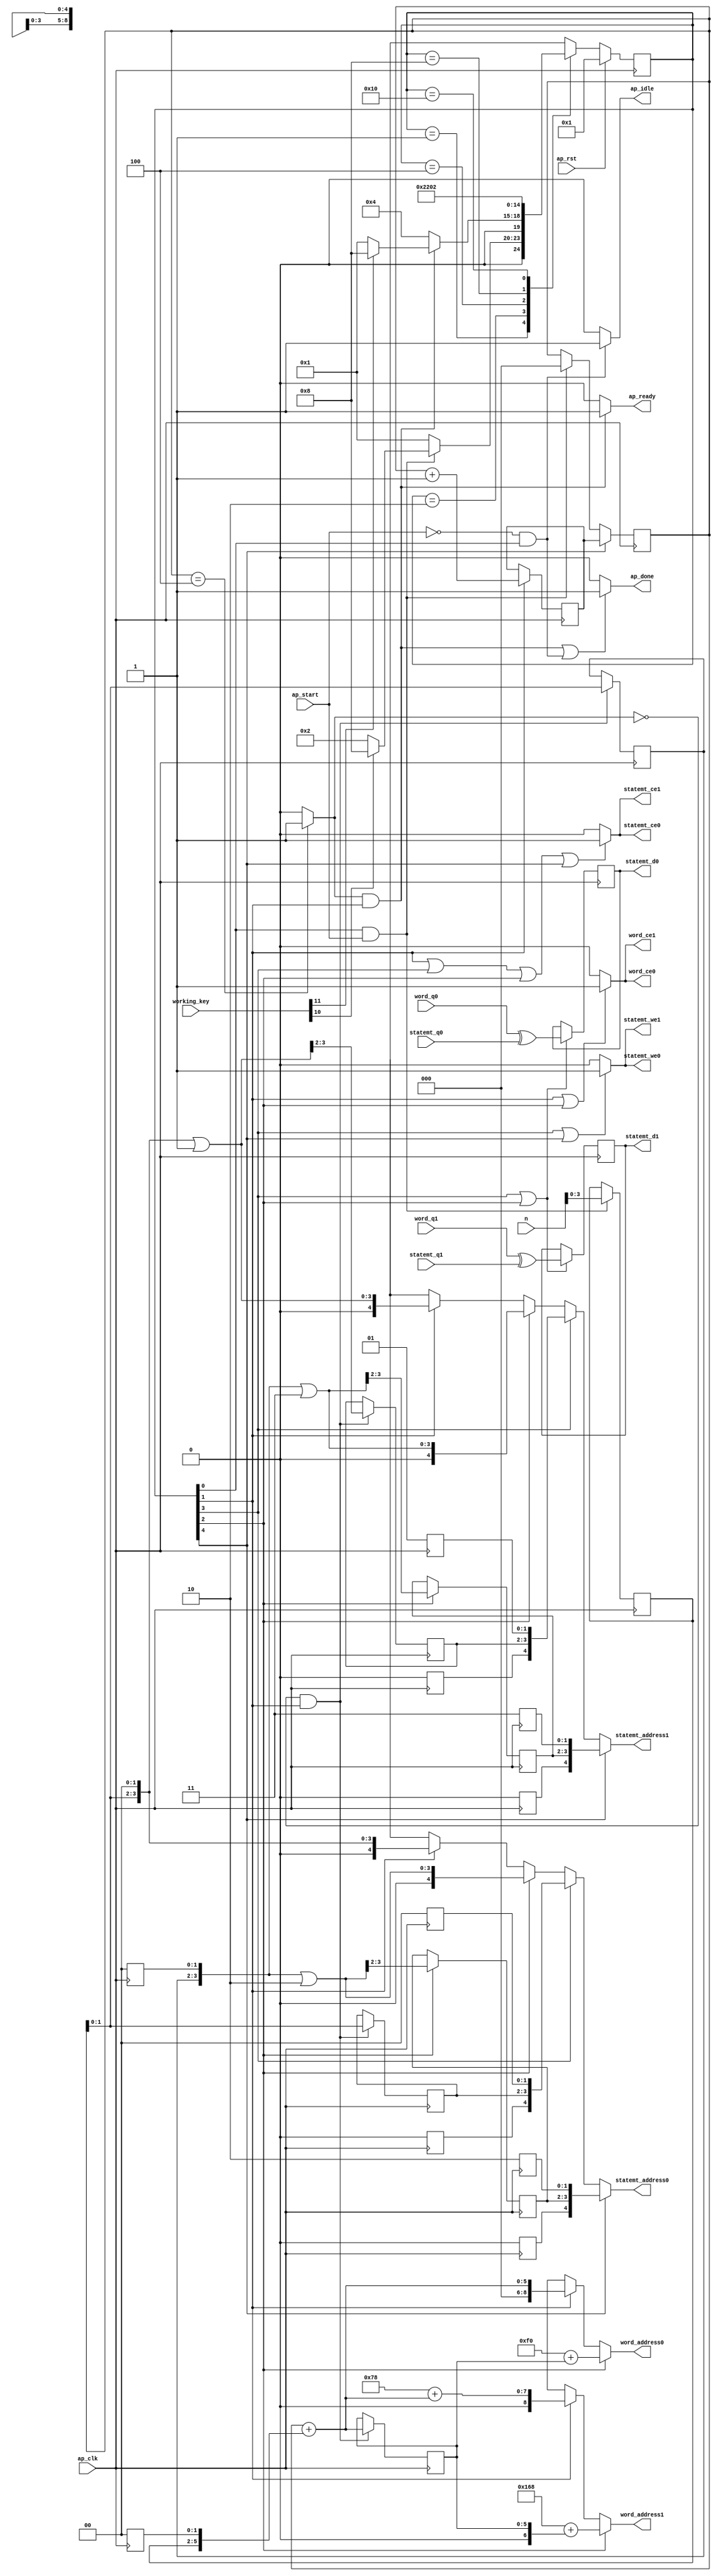

module AddRoundKey
(
  ap_clk,
  ap_rst,
  ap_start,
  ap_done,
  ap_idle,
  ap_ready,
  statemt_address0,
  statemt_ce0,
  statemt_we0,
  statemt_d0,
  statemt_q0,
  statemt_address1,
  statemt_ce1,
  statemt_we1,
  statemt_d1,
  statemt_q1,
  n,
  word_address0,
  word_ce0,
  word_q0,
  word_address1,
  word_ce1,
  word_q1,
  working_key
);

  parameter ap_ST_fsm_state1 = 5'd1;
  parameter ap_ST_fsm_state2 = 5'd2;
  parameter ap_ST_fsm_state3 = 5'd4;
  parameter ap_ST_fsm_state4 = 5'd8;
  parameter ap_ST_fsm_state5 = 5'd16;
  input ap_clk;
  input ap_rst;
  input ap_start;
  output ap_done;
  output ap_idle;
  output ap_ready;
  output [4:0] statemt_address0;
  output statemt_ce0;
  output statemt_we0;
  output [31:0] statemt_d0;
  input [31:0] statemt_q0;
  output [4:0] statemt_address1;
  output statemt_ce1;
  output statemt_we1;
  output [31:0] statemt_d1;
  input [31:0] statemt_q1;
  input [4:0] n;
  output [8:0] word_address0;
  output word_ce0;
  input [31:0] word_q0;
  output [8:0] word_address1;
  output word_ce1;
  input [31:0] word_q1;
  reg ap_done;
  reg ap_idle;
  reg ap_ready;
  reg [4:0] statemt_address0;
  reg statemt_ce0;
  reg statemt_we0;
  reg [4:0] statemt_address1;
  reg statemt_ce1;
  reg statemt_we1;
  reg [8:0] word_address0;
  reg word_ce0;
  reg [8:0] word_address1;
  reg word_ce1;
  reg [4:0] ap_CS_fsm;
  wire ap_CS_fsm_state1;
  wire [31:0] grp_fu_137_p2;
  reg [31:0] reg_149;
  wire ap_CS_fsm_state3;
  wire ap_CS_fsm_state4;
  wire [31:0] grp_fu_143_p2;
  reg [31:0] reg_154;
  wire [5:0] tmp_fu_163_p3;
  reg [5:0] tmp_reg_285;
  wire [2:0] j_4_fu_181_p2;
  reg [2:0] j_4_reg_293;
  wire ap_CS_fsm_state2;
  wire [5:0] tmp_s_fu_187_p2;
  reg [5:0] tmp_s_reg_298;
  wire [0:0] exitcond_fu_175_p2;
  wire [3:0] tmp_104_fu_216_p3;
  reg [3:0] tmp_104_reg_313;
  reg [4:0] statemt_addr_reg_319;
  reg [4:0] statemt_addr_28_reg_324;
  reg [4:0] statemt_addr_29_reg_339;
  reg [4:0] statemt_addr_30_reg_344;
  reg [2:0] j_reg_126;
  wire ap_CS_fsm_state5;
  wire [63:0] tmp_101_fu_192_p1;
  wire [63:0] tmp_100_cast_fu_207_p1;
  wire [63:0] tmp_105_fu_224_p1;
  wire [63:0] tmp_108_fu_235_p1;
  wire [63:0] tmp_102_cast_fu_249_p1;
  wire [63:0] tmp_103_cast_fu_260_p1;
  wire [63:0] tmp_111_fu_270_p1;
  wire [63:0] tmp_114_fu_280_p1;
  wire [3:0] tmp_96_fu_159_p1;
  wire [5:0] j_cast1_fu_171_p1;
  wire [7:0] tmp_101_cast_fu_197_p1;
  wire [7:0] tmp_100_fu_201_p2;
  wire [1:0] tmp_97_fu_212_p1;
  wire [3:0] tmp_107_fu_229_p2;
  wire [8:0] tmp_101_cast1_fu_240_p1;
  wire [8:0] tmp_102_fu_243_p2;
  wire [8:0] tmp_103_fu_254_p2;
  wire [3:0] tmp_110_fu_265_p2;
  wire [3:0] tmp_113_fu_275_p2;
  reg [4:0] ap_NS_fsm;
  input [31:0] working_key;

  initial begin
    #0 ap_CS_fsm = 5'd1;
  end


  always @(posedge ap_clk) begin
    if(ap_rst == 1'b1) begin
      ap_CS_fsm <= ap_ST_fsm_state1;
    end else begin
      ap_CS_fsm <= ap_NS_fsm;
    end
  end


  always @(posedge ap_clk) begin
    if(1'b1 == ap_CS_fsm_state5) begin
      j_reg_126 <= j_4_reg_293;
    end else if((1'b1 == ap_CS_fsm_state1) & (ap_start == 1'b1)) begin
      j_reg_126 <= 3'd0;
    end 
  end


  always @(posedge ap_clk) begin
    if(1'b1 == ap_CS_fsm_state2) begin
      j_4_reg_293 <= j_4_fu_181_p2;
    end 
  end


  always @(posedge ap_clk) begin
    if((1'b1 == ap_CS_fsm_state4) | (1'b1 == ap_CS_fsm_state3)) begin
      reg_149 <= grp_fu_137_p2;
      reg_154 <= grp_fu_143_p2;
    end 
  end


  always @(posedge ap_clk) begin
    if((exitcond_fu_175_p2 == 1'd0) & (1'b1 == ap_CS_fsm_state2)) begin
      statemt_addr_28_reg_324[3:2] <= tmp_108_fu_235_p1[3:2];
      statemt_addr_reg_319[3:2] <= tmp_105_fu_224_p1[3:2];
      tmp_104_reg_313[3:2] <= tmp_104_fu_216_p3[3:2];
      tmp_s_reg_298 <= tmp_s_fu_187_p2;
    end 
  end


  always @(posedge ap_clk) begin
    if(1'b1 == ap_CS_fsm_state3) begin
      statemt_addr_29_reg_339[3:2] <= tmp_111_fu_270_p1[3:2];
      statemt_addr_30_reg_344[3:2] <= tmp_114_fu_280_p1[3:2];
    end 
  end


  always @(posedge ap_clk) begin
    if((1'b1 == ap_CS_fsm_state1) & (ap_start == 1'b1)) begin
      tmp_reg_285[5:2] <= tmp_fu_163_p3[5:2];
    end 
  end


  always @(*) begin
    if((exitcond_fu_175_p2 == 1'd1) & (1'b1 == ap_CS_fsm_state2) | (ap_start == 1'b0) & (1'b1 == ap_CS_fsm_state1)) begin
      ap_done = 1'b1;
    end else begin
      ap_done = 1'b0;
    end
  end


  always @(*) begin
    if((ap_start == 1'b0) & (1'b1 == ap_CS_fsm_state1)) begin
      ap_idle = 1'b1;
    end else begin
      ap_idle = 1'b0;
    end
  end


  always @(*) begin
    if((exitcond_fu_175_p2 == 1'd1) & (1'b1 == ap_CS_fsm_state2)) begin
      ap_ready = 1'b1;
    end else begin
      ap_ready = 1'b0;
    end
  end


  always @(*) begin
    if(1'b1 == ap_CS_fsm_state5) begin
      statemt_address0 = statemt_addr_29_reg_339;
    end else if(1'b1 == ap_CS_fsm_state4) begin
      statemt_address0 = statemt_addr_reg_319;
    end else if(1'b1 == ap_CS_fsm_state3) begin
      statemt_address0 = tmp_111_fu_270_p1;
    end else if(1'b1 == ap_CS_fsm_state2) begin
      statemt_address0 = tmp_105_fu_224_p1;
    end else begin
      statemt_address0 = 'bx;
    end
  end


  always @(*) begin
    if(1'b1 == ap_CS_fsm_state5) begin
      statemt_address1 = statemt_addr_30_reg_344;
    end else if(1'b1 == ap_CS_fsm_state4) begin
      statemt_address1 = statemt_addr_28_reg_324;
    end else if(1'b1 == ap_CS_fsm_state3) begin
      statemt_address1 = tmp_114_fu_280_p1;
    end else if(1'b1 == ap_CS_fsm_state2) begin
      statemt_address1 = tmp_108_fu_235_p1;
    end else begin
      statemt_address1 = 'bx;
    end
  end


  always @(*) begin
    if((1'b1 == ap_CS_fsm_state2) | (1'b1 == ap_CS_fsm_state4) | (1'b1 == ap_CS_fsm_state3) | (1'b1 == ap_CS_fsm_state5)) begin
      statemt_ce0 = 1'b1;
    end else begin
      statemt_ce0 = 1'b0;
    end
  end


  always @(*) begin
    if((1'b1 == ap_CS_fsm_state2) | (1'b1 == ap_CS_fsm_state4) | (1'b1 == ap_CS_fsm_state3) | (1'b1 == ap_CS_fsm_state5)) begin
      statemt_ce1 = 1'b1;
    end else begin
      statemt_ce1 = 1'b0;
    end
  end


  always @(*) begin
    if((1'b1 == ap_CS_fsm_state4) | (1'b1 == ap_CS_fsm_state5)) begin
      statemt_we0 = 1'b1;
    end else begin
      statemt_we0 = 1'b0;
    end
  end


  always @(*) begin
    if((1'b1 == ap_CS_fsm_state4) | (1'b1 == ap_CS_fsm_state5)) begin
      statemt_we1 = 1'b1;
    end else begin
      statemt_we1 = 1'b0;
    end
  end


  always @(*) begin
    if(1'b1 == ap_CS_fsm_state3) begin
      word_address0 = tmp_102_cast_fu_249_p1;
    end else if(1'b1 == ap_CS_fsm_state2) begin
      word_address0 = tmp_101_fu_192_p1;
    end else begin
      word_address0 = 'bx;
    end
  end


  always @(*) begin
    if(1'b1 == ap_CS_fsm_state3) begin
      word_address1 = tmp_103_cast_fu_260_p1;
    end else if(1'b1 == ap_CS_fsm_state2) begin
      word_address1 = tmp_100_cast_fu_207_p1;
    end else begin
      word_address1 = 'bx;
    end
  end


  always @(*) begin
    if((1'b1 == ap_CS_fsm_state2) | (1'b1 == ap_CS_fsm_state3)) begin
      word_ce0 = 1'b1;
    end else begin
      word_ce0 = 1'b0;
    end
  end


  always @(*) begin
    if((1'b1 == ap_CS_fsm_state2) | (1'b1 == ap_CS_fsm_state3)) begin
      word_ce1 = 1'b1;
    end else begin
      word_ce1 = 1'b0;
    end
  end


  always @(*) begin
    case(ap_CS_fsm)
      ap_ST_fsm_state1: begin
        if((1'b1 == ap_CS_fsm_state1) & (ap_start == 1'b1)) begin
          if(working_key[10] == 1'b1) begin
            ap_NS_fsm = ap_ST_fsm_state4;
          end else begin
            ap_NS_fsm = ap_ST_fsm_state2;
          end
        end else begin
          ap_NS_fsm = ap_ST_fsm_state1;
        end
      end
      ap_ST_fsm_state2: begin
        if((exitcond_fu_175_p2 == 1'd1) & (1'b1 == ap_CS_fsm_state2)) begin
          if(working_key[11] == 1'b1) begin
            ap_NS_fsm = ap_ST_fsm_state4;
          end else begin
            ap_NS_fsm = ap_ST_fsm_state1;
          end
        end else begin
          ap_NS_fsm = ap_ST_fsm_state3;
        end
      end
      ap_ST_fsm_state3: begin
        ap_NS_fsm = ap_ST_fsm_state4;
      end
      ap_ST_fsm_state4: begin
        ap_NS_fsm = ap_ST_fsm_state5;
      end
      ap_ST_fsm_state5: begin
        ap_NS_fsm = ap_ST_fsm_state2;
      end
      default: begin
        ap_NS_fsm = 'bx;
      end
    endcase
  end

  assign ap_CS_fsm_state1 = ap_CS_fsm[32'd0];
  assign ap_CS_fsm_state2 = ap_CS_fsm[32'd1];
  assign ap_CS_fsm_state3 = ap_CS_fsm[32'd2];
  assign ap_CS_fsm_state4 = ap_CS_fsm[32'd3];
  assign ap_CS_fsm_state5 = ap_CS_fsm[32'd4];
  assign exitcond_fu_175_p2 = (j_reg_126 == 3'd4)? 1'b1 : 1'b0;
  assign grp_fu_137_p2 = word_q0 ^ statemt_q0;
  assign grp_fu_143_p2 = word_q1 ^ statemt_q1;
  assign j_4_fu_181_p2 = j_reg_126 + 3'd1;
  assign j_cast1_fu_171_p1 = j_reg_126;
  assign statemt_d0 = reg_149;
  assign statemt_d1 = reg_154;
  assign tmp_100_cast_fu_207_p1 = tmp_100_fu_201_p2;
  assign tmp_100_fu_201_p2 = 8'd120 + tmp_101_cast_fu_197_p1;
  assign tmp_101_cast1_fu_240_p1 = tmp_s_reg_298;
  assign tmp_101_cast_fu_197_p1 = tmp_s_fu_187_p2;
  assign tmp_101_fu_192_p1 = tmp_s_fu_187_p2;
  assign tmp_102_cast_fu_249_p1 = tmp_102_fu_243_p2;
  assign tmp_102_fu_243_p2 = 9'd240 + tmp_101_cast1_fu_240_p1;
  assign tmp_103_cast_fu_260_p1 = tmp_103_fu_254_p2;
  assign tmp_103_fu_254_p2 = $signed(9'd360) + $signed(tmp_101_cast1_fu_240_p1);
  assign tmp_104_fu_216_p3 = { { tmp_97_fu_212_p1 }, { 2'd0 } };
  assign tmp_105_fu_224_p1 = tmp_104_fu_216_p3;
  assign tmp_107_fu_229_p2 = tmp_104_fu_216_p3 | 4'd1;
  assign tmp_108_fu_235_p1 = tmp_107_fu_229_p2;
  assign tmp_110_fu_265_p2 = tmp_104_reg_313 | 4'd2;
  assign tmp_111_fu_270_p1 = tmp_110_fu_265_p2;
  assign tmp_113_fu_275_p2 = tmp_104_reg_313 | 4'd3;
  assign tmp_114_fu_280_p1 = tmp_113_fu_275_p2;
  assign tmp_96_fu_159_p1 = n[3:0];
  assign tmp_97_fu_212_p1 = j_reg_126[1:0];
  assign tmp_fu_163_p3 = { { tmp_96_fu_159_p1 }, { 2'd0 } };
  assign tmp_s_fu_187_p2 = j_cast1_fu_171_p1 + tmp_reg_285;

  always @(posedge ap_clk) begin
    tmp_reg_285[1:0] <= 2'b00;
    tmp_104_reg_313[1:0] <= 2'b00;
    statemt_addr_reg_319[1:0] <= 2'b00;
    statemt_addr_reg_319[4] <= 1'b0;
    statemt_addr_28_reg_324[1:0] <= 2'b01;
    statemt_addr_28_reg_324[4] <= 1'b0;
    statemt_addr_29_reg_339[1:0] <= 2'b10;
    statemt_addr_29_reg_339[4] <= 1'b0;
    statemt_addr_30_reg_344[1:0] <= 2'b11;
    statemt_addr_30_reg_344[4] <= 1'b0;
  end


endmodule